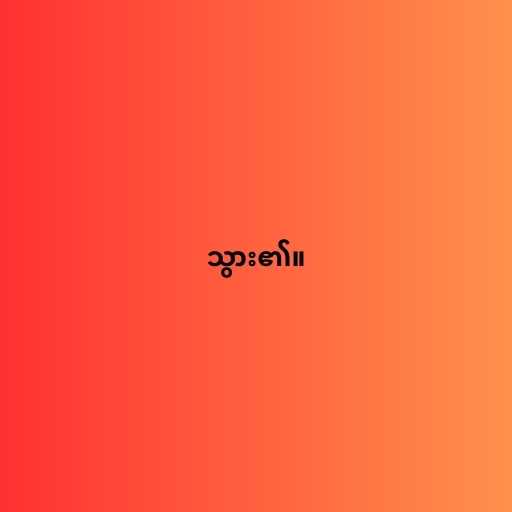
သွား၏။